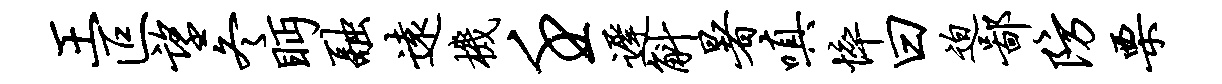
王叵望冬眄融远机壬迟斛暑嗔悴曰迫鄙防栗